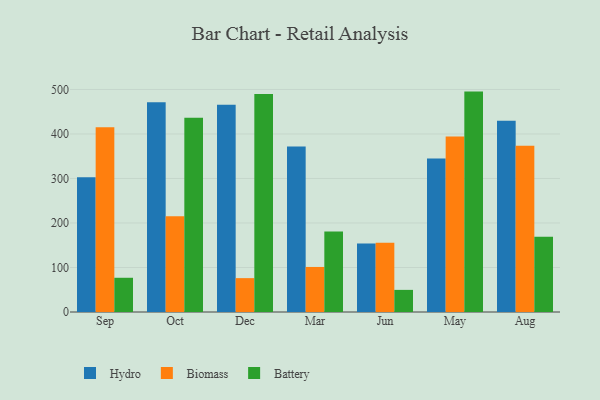
{"axis": {"x": "Month", "y": "Tickets Resolved"}, "legend": ["Battery", "Biomass", "Hydro"], "data": [{"x": "Sep", "y": 302.7, "type": "Hydro"}, {"x": "Sep", "y": 415.0, "type": "Biomass"}, {"x": "Sep", "y": 76.9, "type": "Battery"}, {"x": "Oct", "y": 471.0, "type": "Hydro"}, {"x": "Oct", "y": 215.2, "type": "Biomass"}, {"x": "Oct", "y": 436.6, "type": "Battery"}, {"x": "Dec", "y": 465.6, "type": "Hydro"}, {"x": "Dec", "y": 76.1, "type": "Biomass"}, {"x": "Dec", "y": 490.0, "type": "Battery"}, {"x": "Mar", "y": 371.7, "type": "Hydro"}, {"x": "Mar", "y": 101.2, "type": "Biomass"}, {"x": "Mar", "y": 180.6, "type": "Battery"}, {"x": "Jun", "y": 153.7, "type": "Hydro"}, {"x": "Jun", "y": 155.7, "type": "Biomass"}, {"x": "Jun", "y": 49.7, "type": "Battery"}, {"x": "May", "y": 344.8, "type": "Hydro"}, {"x": "May", "y": 394.1, "type": "Biomass"}, {"x": "May", "y": 495.2, "type": "Battery"}, {"x": "Aug", "y": 429.7, "type": "Hydro"}, {"x": "Aug", "y": 373.8, "type": "Biomass"}, {"x": "Aug", "y": 168.9, "type": "Battery"}]}